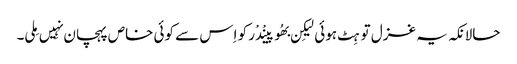
حالانکہ یہ غزل تو ہِٹ ہوئی لیکِن بھُوپینْدْر کو اِس سے کوئی خاص پہچان نہِیں مِلی۔